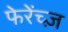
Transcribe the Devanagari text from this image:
फेरेंच्ज़